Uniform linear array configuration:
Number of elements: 48
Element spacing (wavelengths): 0.25
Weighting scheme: hann
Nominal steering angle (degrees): -30
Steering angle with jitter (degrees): -29.311
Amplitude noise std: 0.05
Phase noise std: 0.05

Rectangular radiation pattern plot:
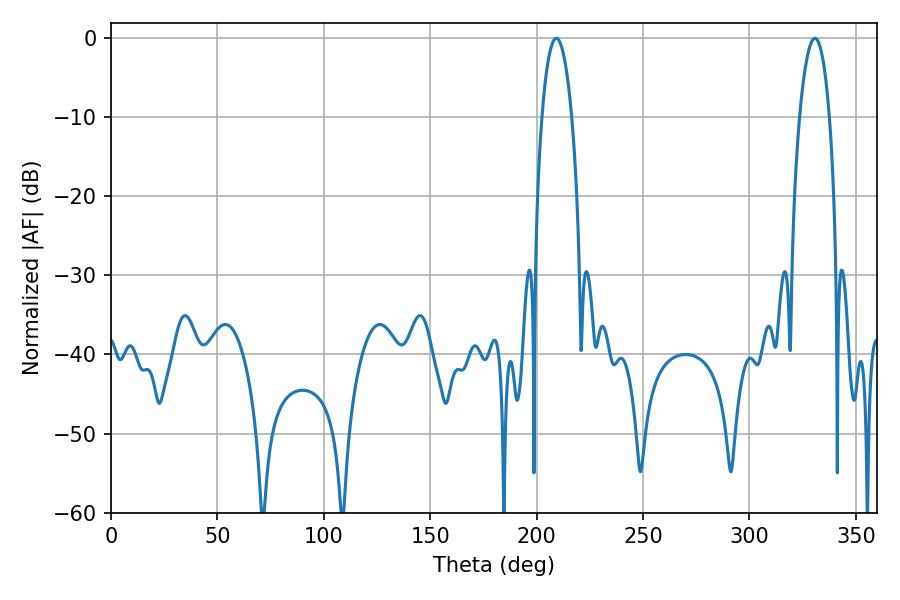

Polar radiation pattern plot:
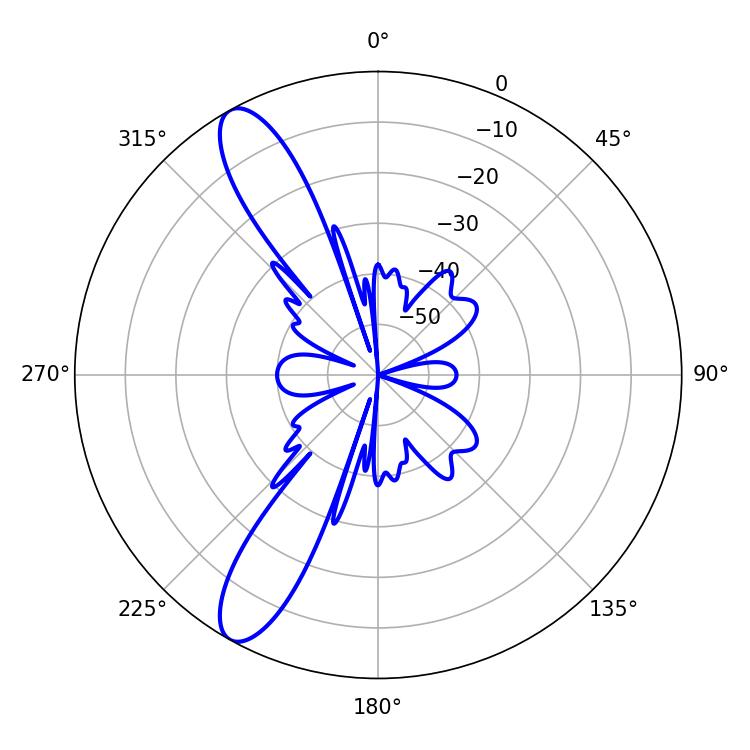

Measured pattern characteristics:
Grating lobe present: FALSE
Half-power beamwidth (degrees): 7.92
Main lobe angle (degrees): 209.16